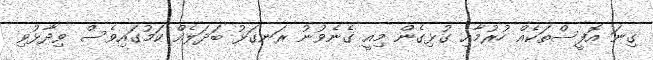
ގިނަ އޮފީސްތަކެއް ހުރުމާއި ގުޅިގެން މިއީ ގެނެވުނު ރަނގަޅު ބަދަލެއް ކަމުގައިވެސް ވިދާޅުވި